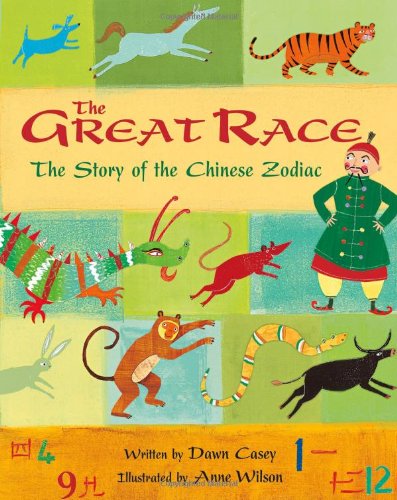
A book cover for The Great Race; Dawn Casey; Children's Books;